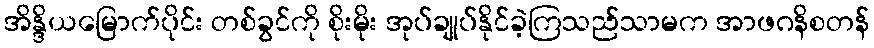
အိန္ဒိယမြောက်ပိုင်း တစ်ခွင်ကို စိုးမိုး အုပ်ချုပ်နိုင်ခဲ့ကြသည်သာမက အာဖဂနိစတန်